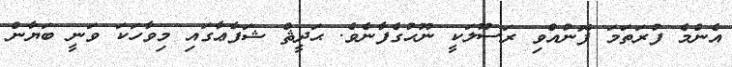
އެންމެ ފުރަތަމަ ފޮނުއްވި ރަސޫލަކީ ނޫޙުގެފާނެވެ. ޙަދީޘް ޝަފާޢާގައި މިވާހަކަ ވަނީ ބަޔާން